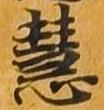
慧